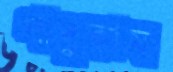
পাদুকায়